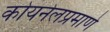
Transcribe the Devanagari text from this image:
कोयनेलप्रमाणे